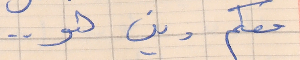
معكم وين هو . .